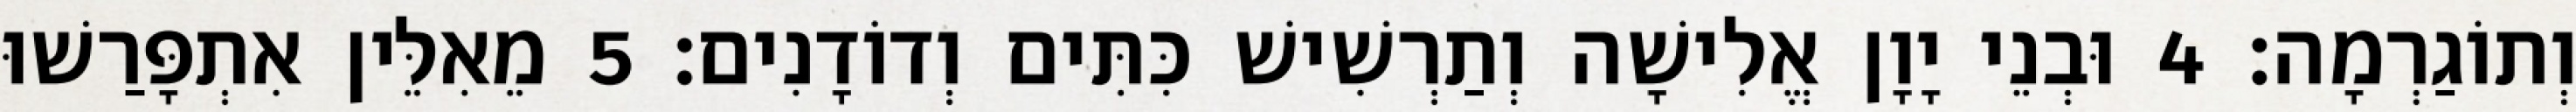
וְתוֹגַרְמָה׃ 4 וּבְנֵי יָוָן אֱלִישָׁה וְתַרְשִׁישׁ כִּתִּים וְדוֹדָנִים׃ 5 מֵאִלֵּין אִתְפָּרַשׁוּ